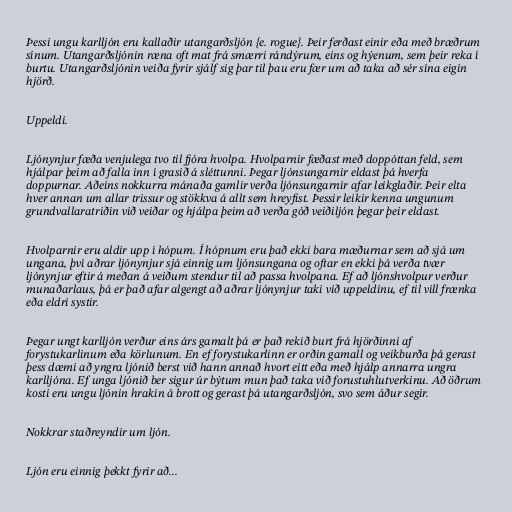
Þessi ungu karlljón eru kallaðir utangarðsljón {e. rogue}. Þeir ferðast einir eða með bræðrum
sínum. Utangarðsljónin ræna oft mat frá smærri rándýrum, eins og hýenum, sem þeir reka í
burtu. Utangarðsljónin veiða fyrir sjálf sig þar til þau eru fær um að taka að sér sína eigin
hjörð.

Uppeldi.

Ljónynjur fæða venjulega tvo til fjóra hvolpa. Hvolparnir fæðast með doppóttan feld, sem
hjálpar þeim að falla inn í grasið á sléttunni. Þegar ljónsungarnir eldast þá hverfa
doppurnar. Aðeins nokkurra mánaða gamlir verða ljónsungarnir afar leikglaðir. Þeir elta
hver annan um allar trissur og stökkva á allt sem hreyfist. Þessir leikir kenna ungunum
grundvallaratriðin við veiðar og hjálpa þeim að verða góð veiðiljón þegar þeir eldast.

Hvolparnir eru aldir upp í hópum. Í hópnum eru það ekki bara mæðurnar sem að sjá um
ungana, því aðrar ljónynjur sjá einnig um ljónsungana og oftar en ekki þá verða tvær
ljónynjur eftir á meðan á veiðum stendur til að passa hvolpana. Ef að ljónshvolpur verður
munaðarlaus, þá er það afar algengt að aðrar ljónynjur taki við uppeldinu, ef til vill frænka
eða eldri systir.

Þegar ungt karlljón verður eins árs gamalt þá er það rekið burt frá hjörðinni af
forystukarlinum eða körlunum. En ef forystukarlinn er orðin gamall og veikburða þá gerast
þess dæmi að yngra ljónið berst við hann annað hvort eitt eða með hjálp annarra ungra
karlljóna. Ef unga ljónið ber sigur úr býtum mun það taka við forustuhlutverkinu. Að öðrum
kosti eru ungu ljónin hrakin á brott og gerast þá utangarðsljón, svo sem áður segir.

Nokkrar staðreyndir um ljón.

Ljón eru einnig þekkt fyrir að...